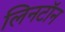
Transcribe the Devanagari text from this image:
लिनटॉन